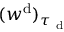
( w ^ { \mathrm { d } } ) _ { \tau _ { \mathrm { ~ d ~ } } }